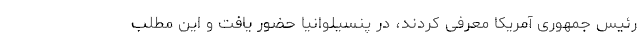
رئیس جمهوری آمریکا معرفی کردند، در پنسیلوانیا حضور یافت و این مطلب